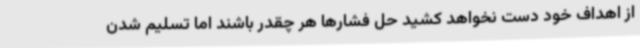
از اهداف خود دست نخواهد کشید حل فشارها هر چقدر باشند اما تسلیم شدن